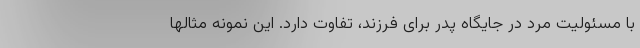
با مسئولیت مرد در جایگاه پدر برای فرزند، تفاوت دارد. این نمونه مثالها